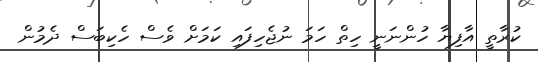
ކުރާތީ އާފިޔާ ހުންނަނީ ހިތް ހަމަ ނުޖެހިފައި ކަމަށް ވެސް ހެކިބަސް ދެމުން